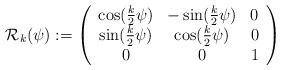
LaTeX: \begin{align*}{\mathcal R}_k (\psi) := \left(\begin{array}{ccc}\cos(\frac{k}{2}\psi) & -\sin(\frac{k}{2}\psi) & 0 \\\sin(\frac{k}{2}\psi) & \cos(\frac{k}{2}\psi) & 0 \\0 & 0 & 1\end{array}\right)\end{align*}